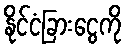
နိုင်ငံခြားငွေကို